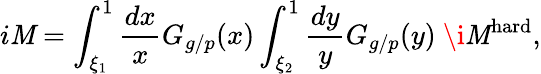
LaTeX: i{\cal\mathit{M}}=\int_{\xi_{1}}^{1}\frac{{dx}}{{x}}G_{g/p}(x)\int_{\xi_{2}}^{1}\frac{{dy}}{{y}}G_{g/p}(y)\ \i{\cal\mathit{M}}^{\mathrm{{hard}}},